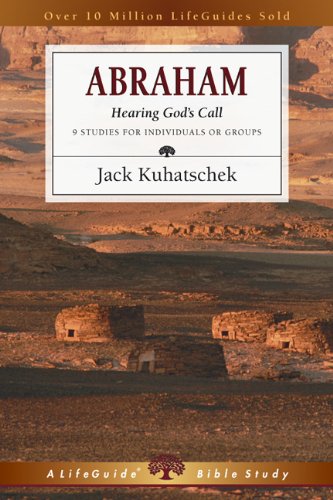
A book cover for Abraham: Hearing God's Call (Lifeguide Bible Studies); Jack Kuhatschek; Christian Books & Bibles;